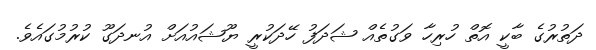
ދަތުރުގެ ބާކީ އޮތް ހުރިހާ ވަގުތެއް ޝަދަފު ހޭދަކުރީ ޔޫޝައުއަށް އުނދަގޫ ކުރުމުގައެވެ.